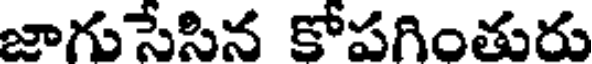
జాగుసేసిన కోపగింతురు